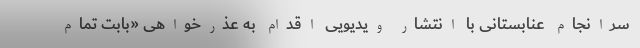
سرانجام عنابستانی با انتشار ویدیویی اقدام به عذرخواهی «بابت تمام